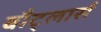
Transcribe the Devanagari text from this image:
बौट्लार्स